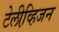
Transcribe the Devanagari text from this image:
टेलीव्हि़जन